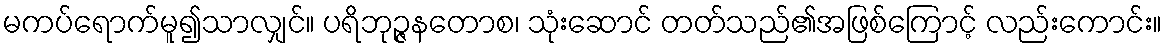
မကပ်ရောက်မူ၍သာလျှင်။ ပရိဘုဉ္ဇနတောစ၊ သုံးဆောင် တတ်သည်၏အဖြစ်ကြောင့် လည်းကောင်း။